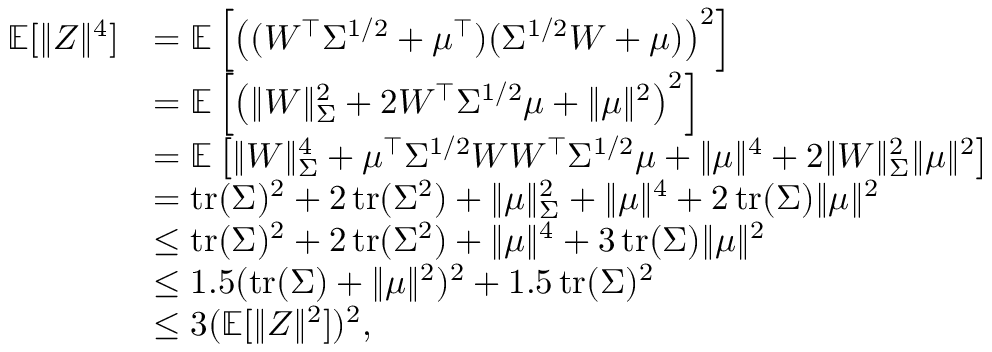
\begin{array} { r l } { \mathbb E [ \Vert Z \Vert ^ { 4 } ] } & { = \mathbb E \left[ \left( ( W ^ { \top } \Sigma ^ { 1 / 2 } + \mu ^ { \top } ) ( \Sigma ^ { 1 / 2 } W + \mu ) \right) ^ { 2 } \right] } \\ & { = \mathbb E \left[ \left( \Vert W \Vert _ { \Sigma } ^ { 2 } + 2 W ^ { \top } \Sigma ^ { 1 / 2 } \mu + \Vert \mu \Vert ^ { 2 } \right) ^ { 2 } \right] } \\ & { = \mathbb E \left[ \Vert W \Vert _ { \Sigma } ^ { 4 } + \mu ^ { \top } \Sigma ^ { 1 / 2 } W W ^ { \top } \Sigma ^ { 1 / 2 } \mu + \Vert \mu \Vert ^ { 4 } + 2 \Vert W \Vert _ { \Sigma } ^ { 2 } \Vert \mu \Vert ^ { 2 } \right] } \\ & { = \operatorname { t r } ( \Sigma ) ^ { 2 } + 2 \operatorname { t r } ( \Sigma ^ { 2 } ) + \Vert \mu \Vert _ { \Sigma } ^ { 2 } + \Vert \mu \Vert ^ { 4 } + 2 \operatorname { t r } ( \Sigma ) \Vert \mu \Vert ^ { 2 } } \\ & { \le \operatorname { t r } ( \Sigma ) ^ { 2 } + 2 \operatorname { t r } ( \Sigma ^ { 2 } ) + \Vert \mu \Vert ^ { 4 } + 3 \operatorname { t r } ( \Sigma ) \Vert \mu \Vert ^ { 2 } } \\ & { \le 1 . 5 ( \operatorname { t r } ( \Sigma ) + \Vert \mu \Vert ^ { 2 } ) ^ { 2 } + 1 . 5 \operatorname { t r } ( \Sigma ) ^ { 2 } } \\ & { \le 3 ( \mathbb E [ \Vert Z \Vert ^ { 2 } ] ) ^ { 2 } , } \end{array}